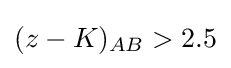
(z-K)_{AB}>2.5